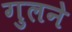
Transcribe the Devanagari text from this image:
गुलने